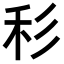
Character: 𥝞